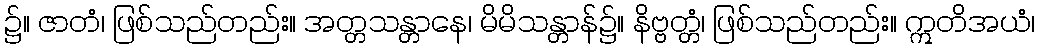
၌။ ဇာတံ၊ ဖြစ်သည်တည်း။ အတ္တသန္တာနေ၊ မိမိသန္တာန်၌။ နိဗ္ဗတ္တံ၊ ဖြစ်သည်တည်း။ ဣတိအယံ၊